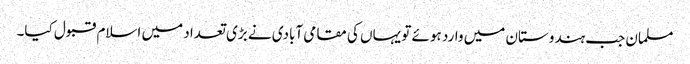
مسلمان جب ہندوستان میں وارد ہوئے تو یہاں کی مقامی آبادی نے بڑی تعداد میں اسلام قبول کیا۔